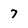
Character: 7